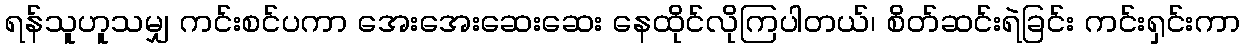
ရန်သူဟူသမျှ ကင်းစင်ပကာ အေးအေးဆေးဆေး နေထိုင်လိုကြပါတယ်၊ စိတ်ဆင်းရဲခြင်း ကင်းရှင်းကာ